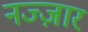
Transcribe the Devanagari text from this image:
नज्ज़ार